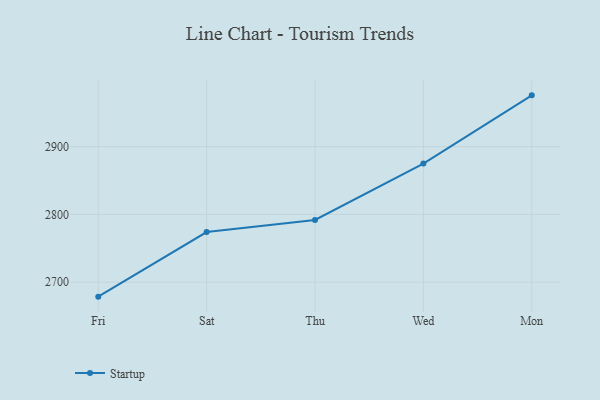
{"axis": {"x": "Day", "y": "Net Income (USD K)"}, "legend": ["Startup"], "data": [{"x": "Fri", "y": 2678.5, "type": "Startup"}, {"x": "Sat", "y": 2773.9, "type": "Startup"}, {"x": "Thu", "y": 2791.8, "type": "Startup"}, {"x": "Wed", "y": 2875.1, "type": "Startup"}, {"x": "Mon", "y": 2975.9, "type": "Startup"}]}